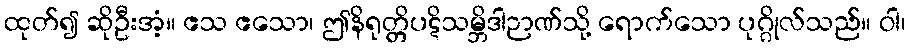
ထုတ်၍ ဆိုဦးအံ့။ ဧသ ဧသော၊ ဤနိရုတ္တိပဋိသမ္ဘိဒါဉာဏ်သို့ ရောက်သော ပုဂ္ဂိုလ်သည်။ ဝါ၊